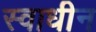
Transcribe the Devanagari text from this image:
स्‍वाधीन